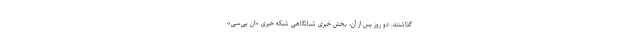
گذاشتند. دو روز پس از آن، بخش خبری شبانگاهی شبکه خبری «ان بی‌سی»